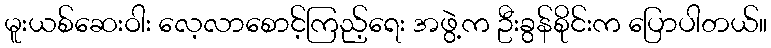
မူးယစ်ဆေးဝါး လေ့လာစောင့်ကြည့်ရေး အဖွဲ့က ဦးခွန်စိုင်းက ပြောပါတယ်။